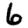
Digit: 6